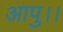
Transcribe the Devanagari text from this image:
आपु।।